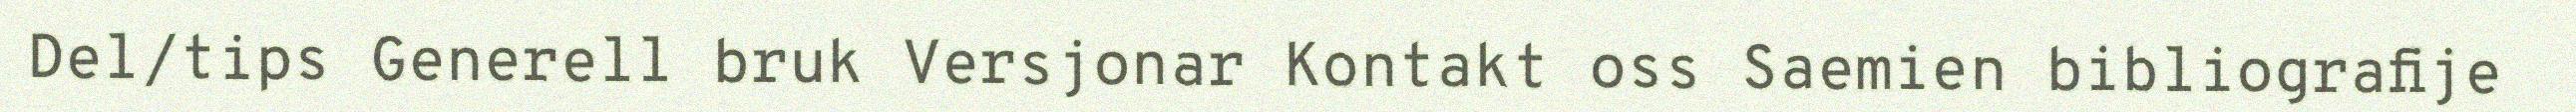
Del/tips Generell bruk Versjonar Kontakt oss Saemien bibliografije